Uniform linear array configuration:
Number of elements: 8
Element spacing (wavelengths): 1
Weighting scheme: cosine
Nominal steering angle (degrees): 30
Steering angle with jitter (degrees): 31.119
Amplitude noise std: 0.05
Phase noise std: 0.05

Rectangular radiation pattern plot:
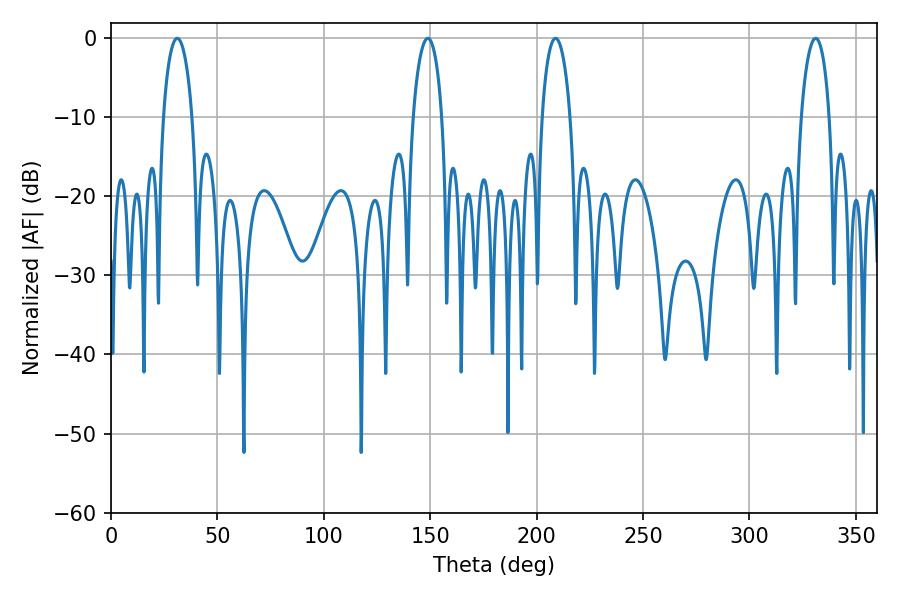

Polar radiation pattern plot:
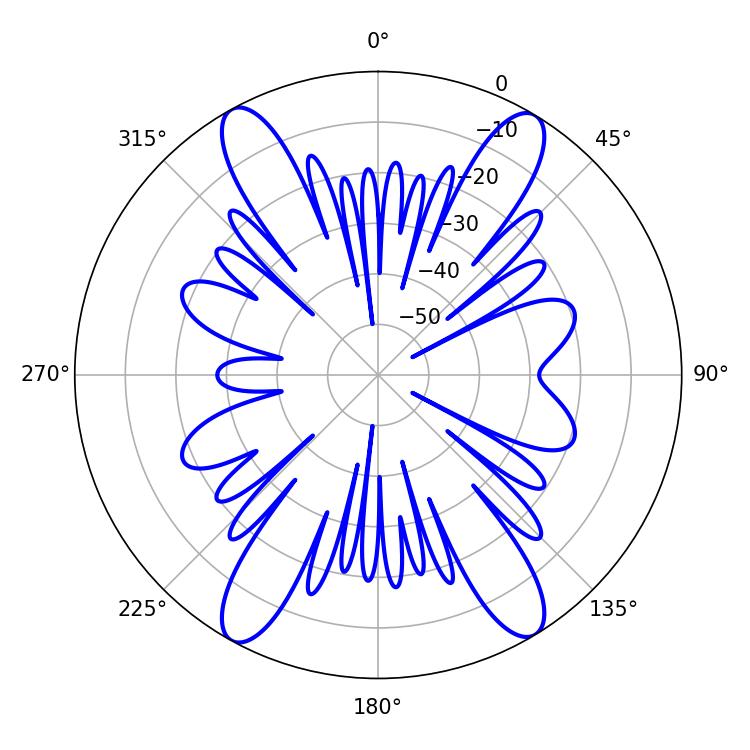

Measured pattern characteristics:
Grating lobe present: TRUE
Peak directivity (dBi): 21.624
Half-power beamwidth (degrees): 7.74
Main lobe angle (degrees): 31.14